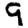
Digit: 9